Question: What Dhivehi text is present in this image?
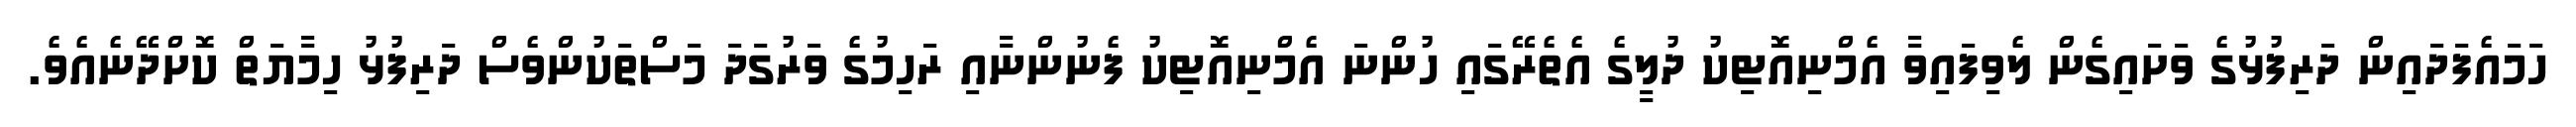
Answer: ހަމައެފަދައިން ދަރިފުޅުގެ ވަށައިގެން ލެވިފައިވާ އެމްނިއޮޓިކު ދުލީގެ އެތެރޭގައި ހުންނަ އެމްނިއޮޓިކު ފެނުންނާއި ރަހިމުގެ ވަރުގަދަ މަސްތަކުންވެސް ދަރިފުޅު ހިމާޔަތް ކޮށްދޭނެއެވެ.